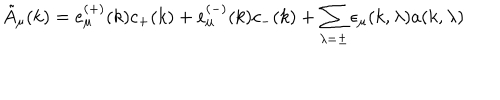
LaTeX: \tilde { A } _ { \mu } ( k ) = e _ { \mu } ^ { \left( + \right) } ( k ) c _ { + } ( k ) + e _ { \mu } ^ { \left( - \right) } ( k ) c _ { - } ( k ) + \sum _ { \lambda = \pm } \epsilon _ { \mu } ( k , \lambda ) a ( k , \lambda )